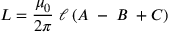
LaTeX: L = { \frac { \mu _ { 0 } } { 2 \pi } } \ \ell \left( A \; - \; B \; + C \right)